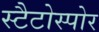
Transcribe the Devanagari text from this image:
स्टैटोस्पोर